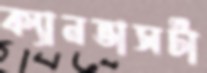
ক্যানভাসটা